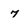
Character: 7